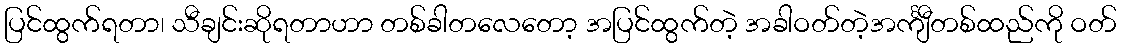
ပြင်ထွက်ရတာ၊ သီချင်းဆိုရတာဟာ တစ်ခါတလေတော့ အပြင်ထွက်တဲ့ အခါဝတ်တဲ့အင်္ကျီတစ်ထည်ကို ဝတ်